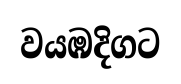
වයඹදිගට